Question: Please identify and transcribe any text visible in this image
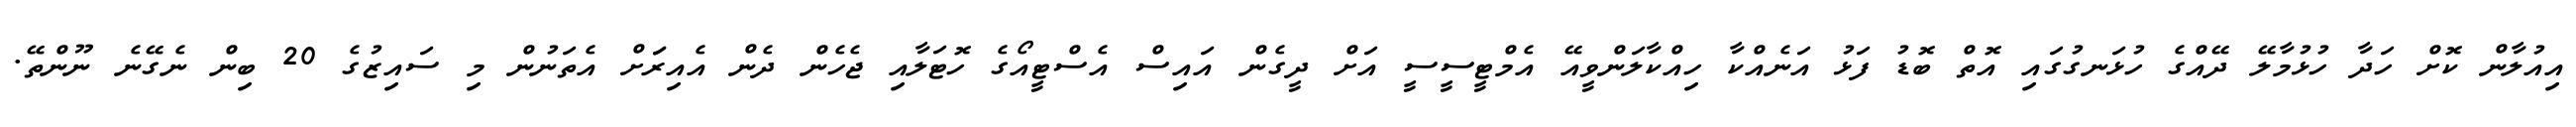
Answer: އިއުލާން ކޮށް ހަދާ ހުޅުމާލޭ ދޭއްގެ ހުޅަނގުގައި އޮތް ބޮޑު ފަޅު އަނެއްކާ ހިއްކާލަންވީއޭ އެމްޓީސީސީ އަށް ދީގެން އައިސް އެސްޓީއޯގެ ހޮޓަލާއި ޖެހެން ދެން އެއިރަަށް އެތަނުން މި ސައިޒުގެ 20 ބިން ނެގޭނެ ނޫންތޭ.